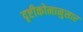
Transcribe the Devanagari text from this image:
दृष्टीकोनानुसार